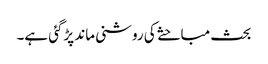
بحث مباحثے کی روشنی ماند پڑگئی ہے۔